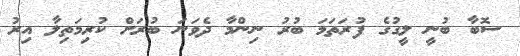
ސޮބާ ބުނީ ލީގުގެ ފުރަތަމަ ބުރު ނިންމާ ދެވަނަ ބުރަށް ކުރިމަތިލާ އިރު